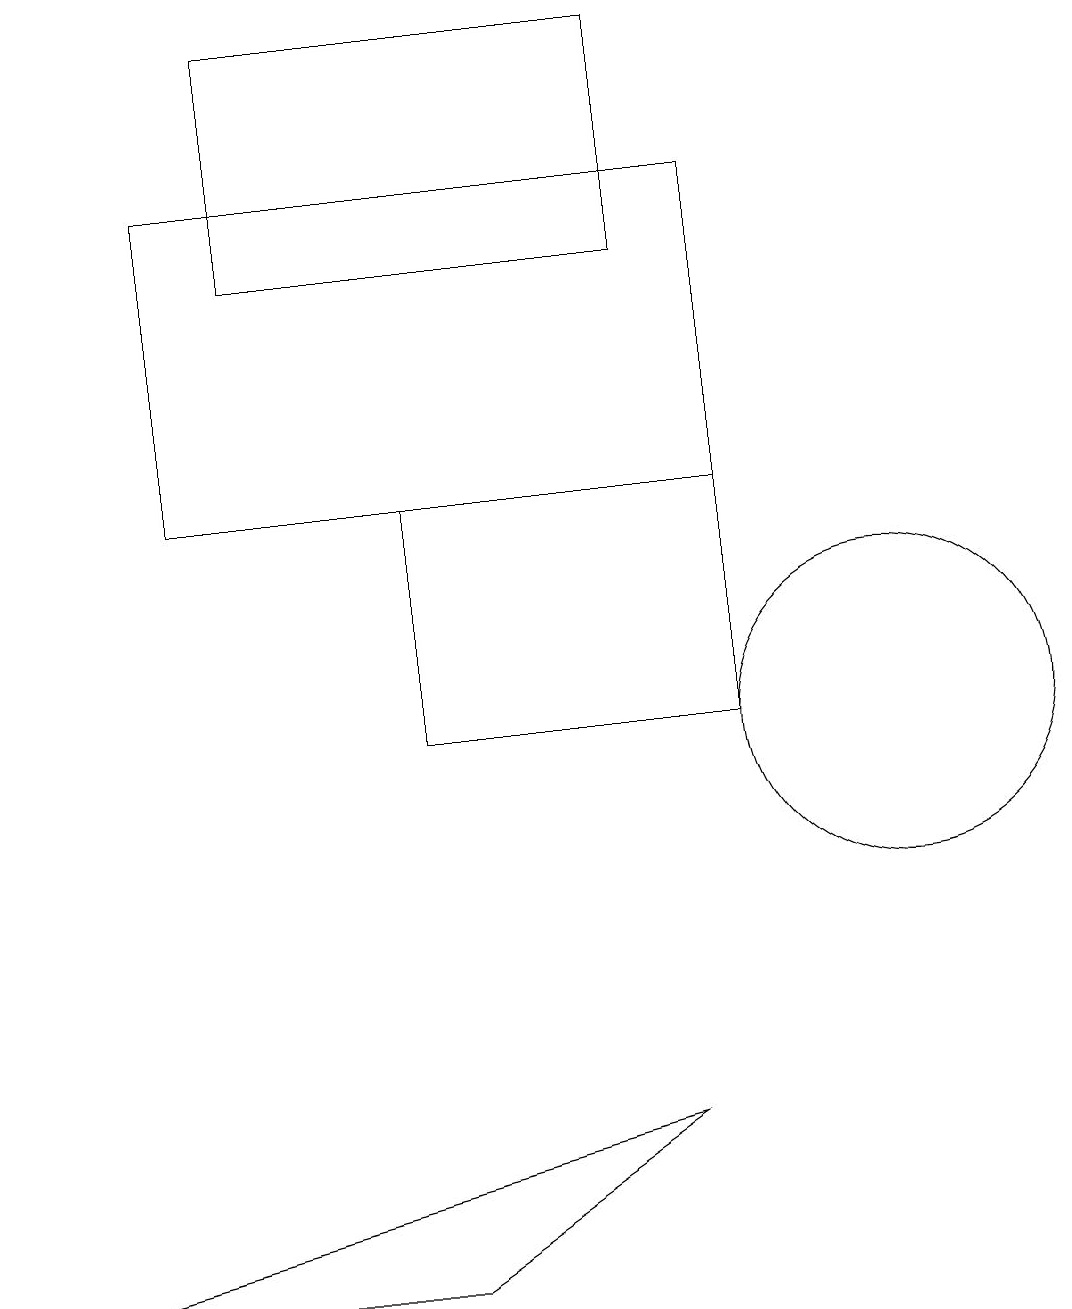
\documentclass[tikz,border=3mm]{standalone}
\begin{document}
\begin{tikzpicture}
\draw (2,17) rectangle (9,13);
\draw (8,5) -- (5,3) -- (0,3) -- cycle;
\draw (8,16) rectangle (3,19);
\draw (5,10) rectangle (9,13);
\draw (11,10) circle (2);
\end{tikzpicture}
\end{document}